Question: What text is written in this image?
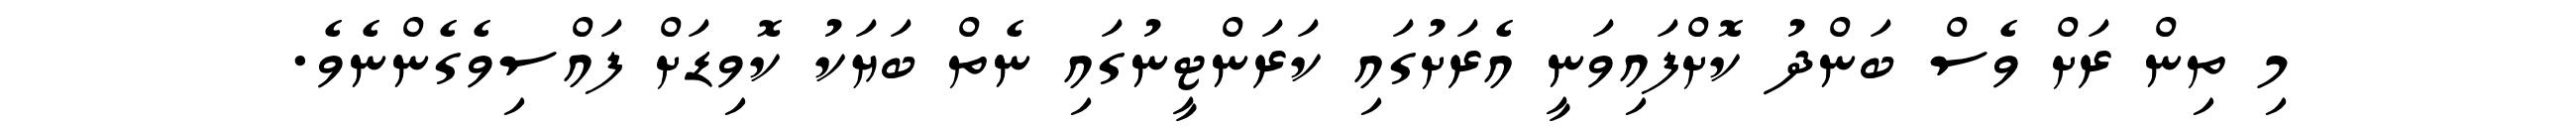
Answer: މި ތިން ރަށް ވެސް ބަންދު ކޮށްފައިވަނީ އެރަށުގައި ކަރަންޓީނުގައި ނެތް ބަޔަކު ކޮވިޑަށް ފައްސިވެގެންނެވެ.